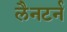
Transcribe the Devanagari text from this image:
लैनटर्न